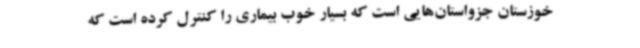
خوزستان جزواستان‌هایی است که بسیار خوب بیماری را کنترل کرده است که